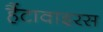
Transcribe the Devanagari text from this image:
हैंटावाइरस